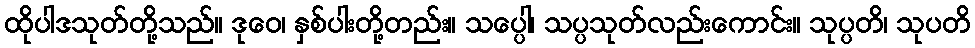
ထိုပါဒသုတ်တို့သည်။ ဒုဝေ၊ နှစ်ပါးတို့တည်း။ သပ္ပေါ၊ သပ္ပသုတ်လည်းကောင်း။ သုပ္ပတိ၊ သုပတိ